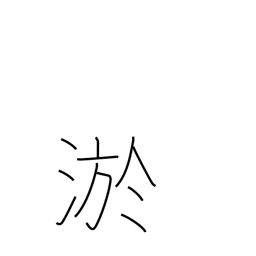
Meaning: silt